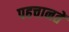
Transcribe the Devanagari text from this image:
पहचानतें